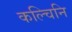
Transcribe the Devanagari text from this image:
कल्चिनि